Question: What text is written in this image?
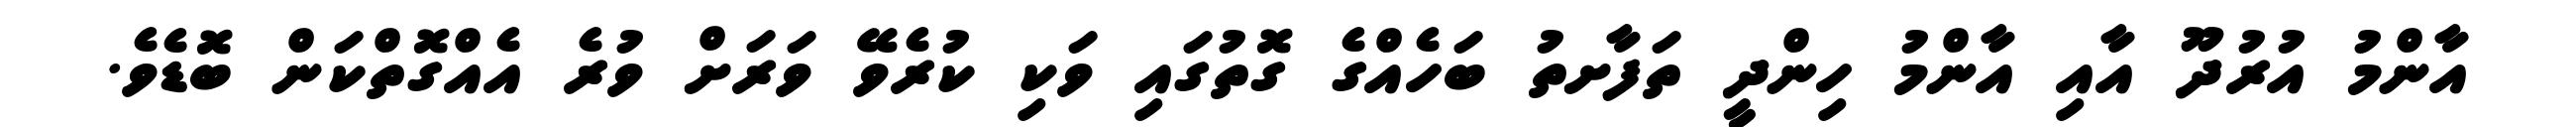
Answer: އާންމު އުރުދޫ އާއި އާންމު ހިންދީ ތަފާށތު ބަހެއްގެ ގޮތުގައި ވަކި ކުރެވޭ ވަރަށް ވުރެ އެއްގޮތްކަން ބޮޑެވެ.